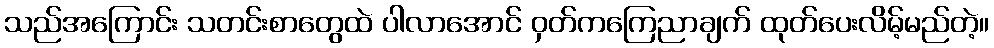
သည်အကြောင်း သတင်းစာတွေထဲ ပါလာအောင် ဝှတ်ကကြေညာချက် ထုတ်ပေးလိမ့်မည်တဲ့။